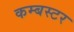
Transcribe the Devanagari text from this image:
कम्बस्टर